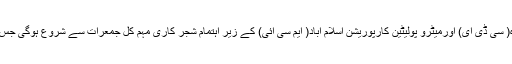
08 فروری2017ء) وفاقی ترقیاتی ادارہ( سی ڈی ای) اورمیٹرو پولیٹین کارپوریشن اسلام آباد( ایم سی آئی) کے زیر اہتمام شجر کاری مہم کل جمعرات سے شروع ہوگی جس کے لئے انتظامات مکمل کر لئے گئے۔